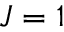
J = 1